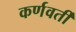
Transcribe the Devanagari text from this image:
कर्णवर्ती